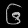
Digit: ၆